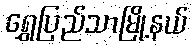
ရွှေပြည်သာမြို့နယ်